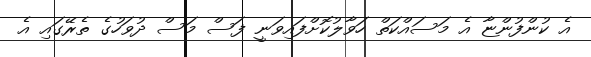
އެ ކުންފުންޏާ އެ މަސައްކަތް ހަވާލުކޮށްފައިވަނީ ފަސް މަސް ދުވަހުގެ ތެރޭގައި އެ